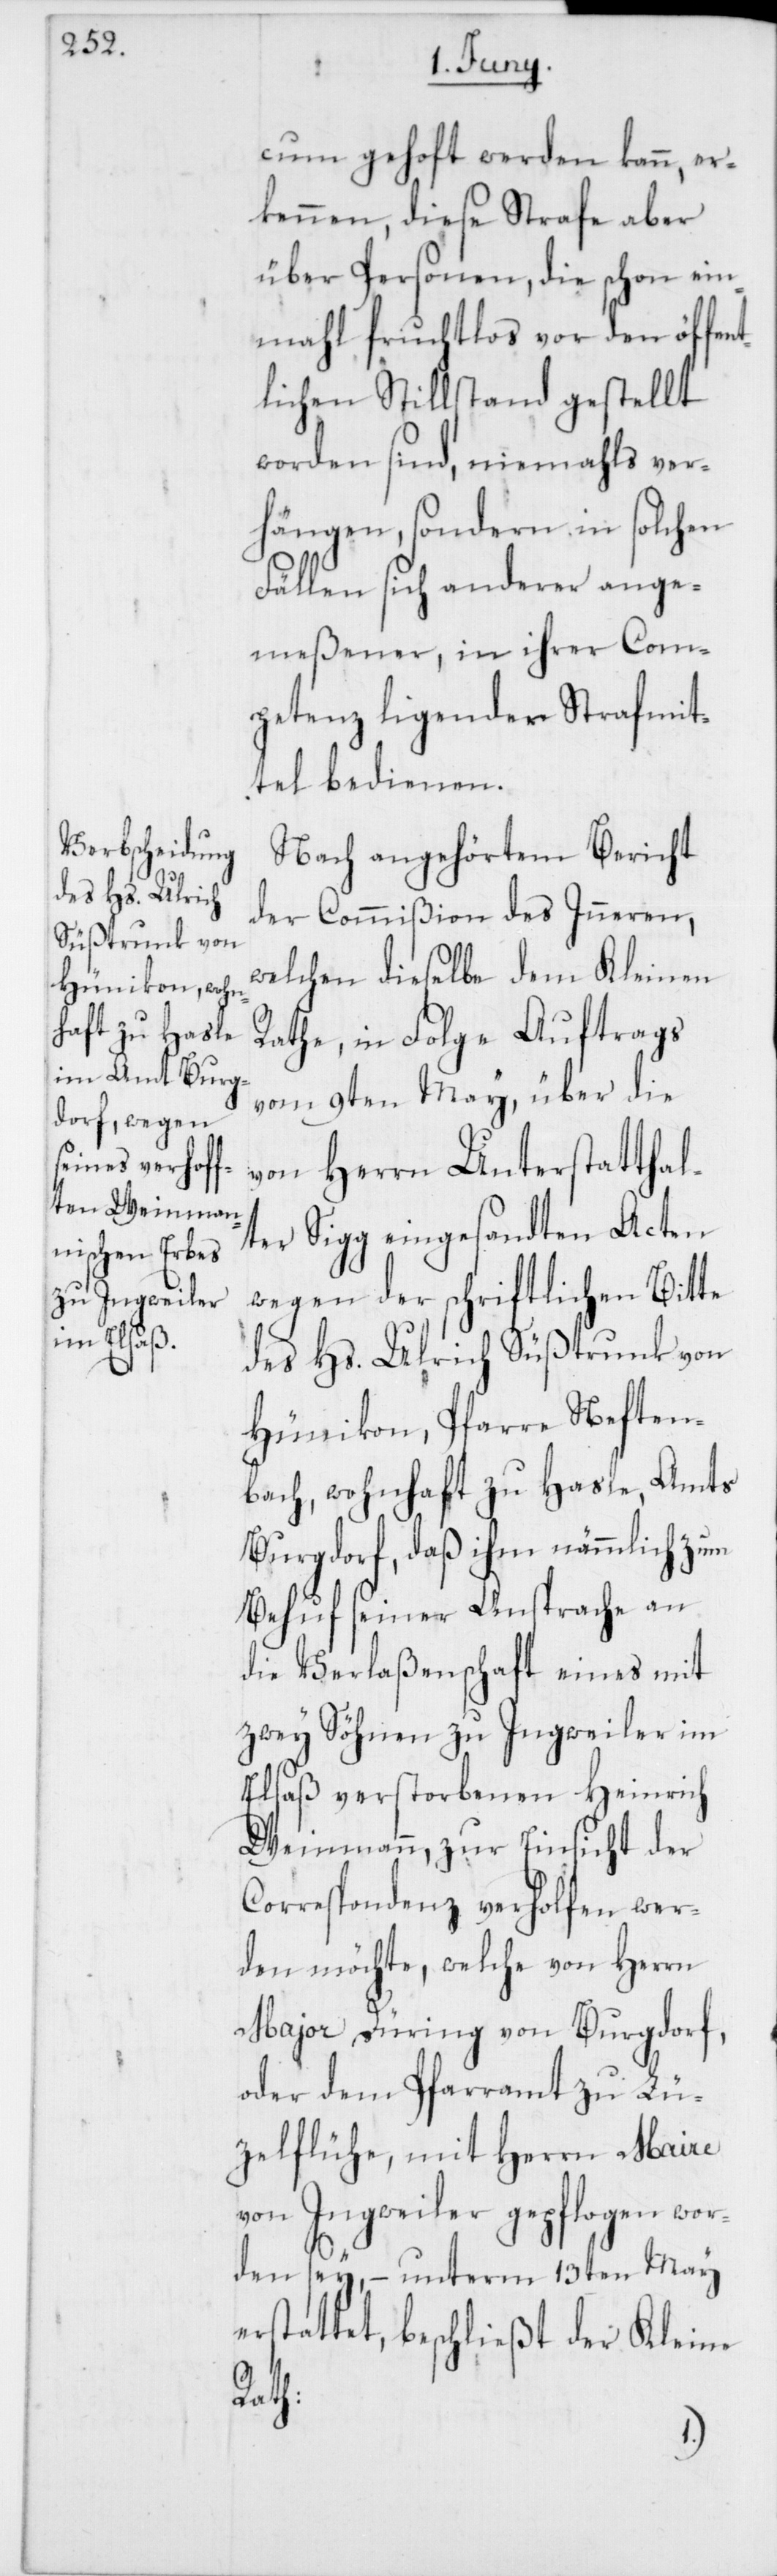
cum gehoft werden kann, er¬
kennen, diese Strafe aber
über Personen, die schon ein¬
mahl fruchtlos vor den öffen¬
tlichen Stillstand gestellt
worden sind, niemahls ver¬
hängen, sondern in solchen
Fällen sich anderer ange¬
meßener, in ihrer Com¬
petenz ligender Strafmit¬
tel bedienen.
Nach angehörtem Bericht
der Commißion des Inneren,
welchen dieselbe dem Kleinen
Rathe, in Folge Auftrags
vom 9ten May, über die
von Herrn Unterstatthal¬
ter Sigg eingesandten Acten
wegen der schriftlichen Bitte
des Hs. Ulrich Süßtrunk von
Hünikon, Pfarre Neften¬
bach, wohnhaft zu Hasle, Amts
Burgdorf, daß ihm nämmlich zum
Behuf seiner Ansprache an
die Verlaßenschaft eines mit
zwey Söhnen zu Ingweiler im
Elsaß verstorbenen Heinrich
Weinmann, zur Einsicht der
Correspondenz verholfen wer¬
den möchte, welche von Herrn
Major Düring von Burgdorf,
oder dem Pfarramt zu Lü¬
tzelflühe, mit Herrn Maire
von Ingweiler gepflogen wor¬
den sey, – unterm 13ten May
erstattet, beschließt der Kleine
Rath: